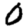
Digit: 0